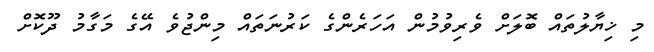
މި ޚިޔާލުތައް ބޮލަށް ވެރިވުމުން އަހަރެންގެ ކަރުނަތައް މިންޖުވެ އޭގެ މަގާމު ދޫކޮށް